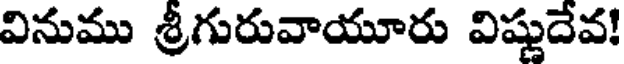
వినుము శ్రీగురువాయూరు విష్ణుదేవ!